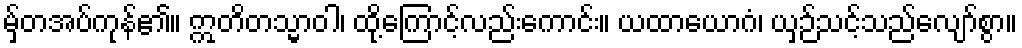
မှ်တအပ်ကုန်၏။ ဣတိတသ္မာဝါ၊ ထို့ကြောင့်လည်းကောင်း။ ယထာယောဂံ၊ ယှဉ်သင့်သည်လျော်စွာ။